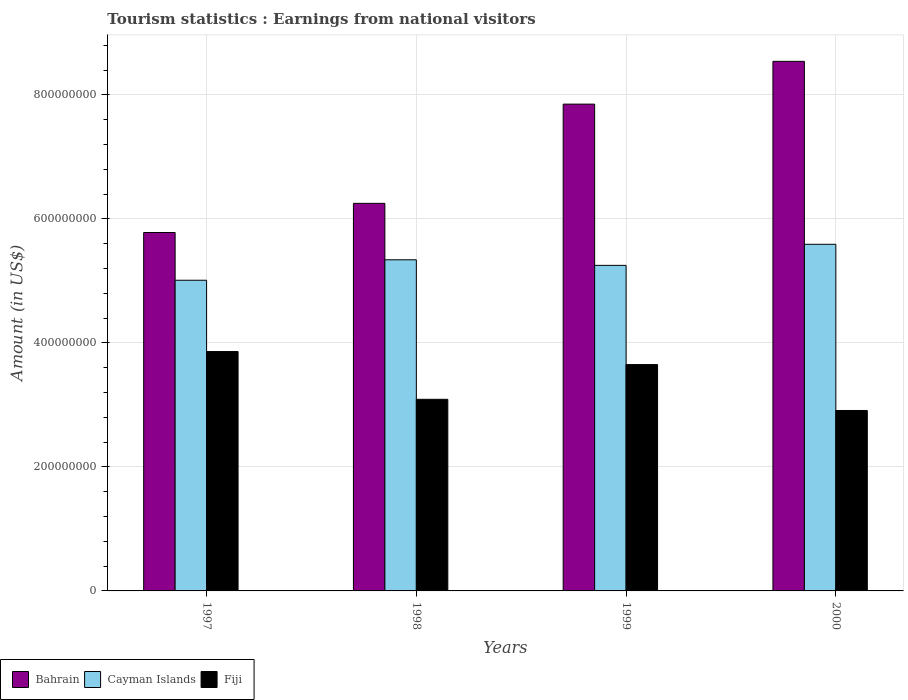
| Years | Bahrain | Cayman Islands | Fiji |
 | --- | --- | --- | --- |
 | 1997 | 5.78e+08 | 5.01e+08 | 3.86e+08 |
 | 1998 | 6.25e+08 | 5.34e+08 | 3.09e+08 |
 | 1999 | 7.85e+08 | 5.25e+08 | 3.65e+08 |
 | 2000 | 8.54e+08 | 5.59e+08 | 2.91e+08 |